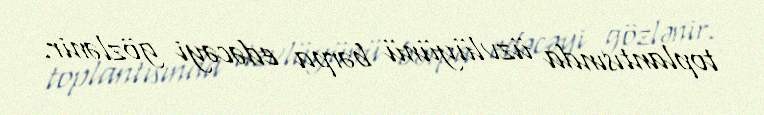
toplantısında üzvlüyünü bərpa edəcəyi gözlənir.